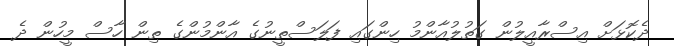
ދެކޮޅަށް އިސްރާއީލުން ގަތުލުއާންމު ހިންގައި ފަލަސްތީނުގެ އާންމުންގެ ތިން ހާސް މީހުން ދެ